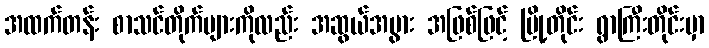
အထက်တန်း စာသင်တိုက်များကိုလည်း အဆွယ်အပွား အဖြစ်ဖြင့် မြို့တိုင်း ရွာကြီးတိုင်းမှာ